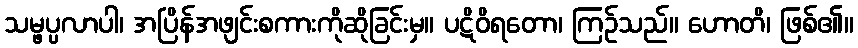
သမ္ဖပ္ပလာပါ၊ အပြိန်အဖျင်းစကားကိုဆိုခြင်းမှ။ ပဋိဝိရတော၊ ကြဉ်သည်။ ဟောတိ၊ ဖြစ်၏။